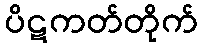
ပိဋကတ်တိုက်